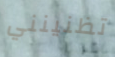
تظنينني